Heimtali_vallavalitsus, lk 41
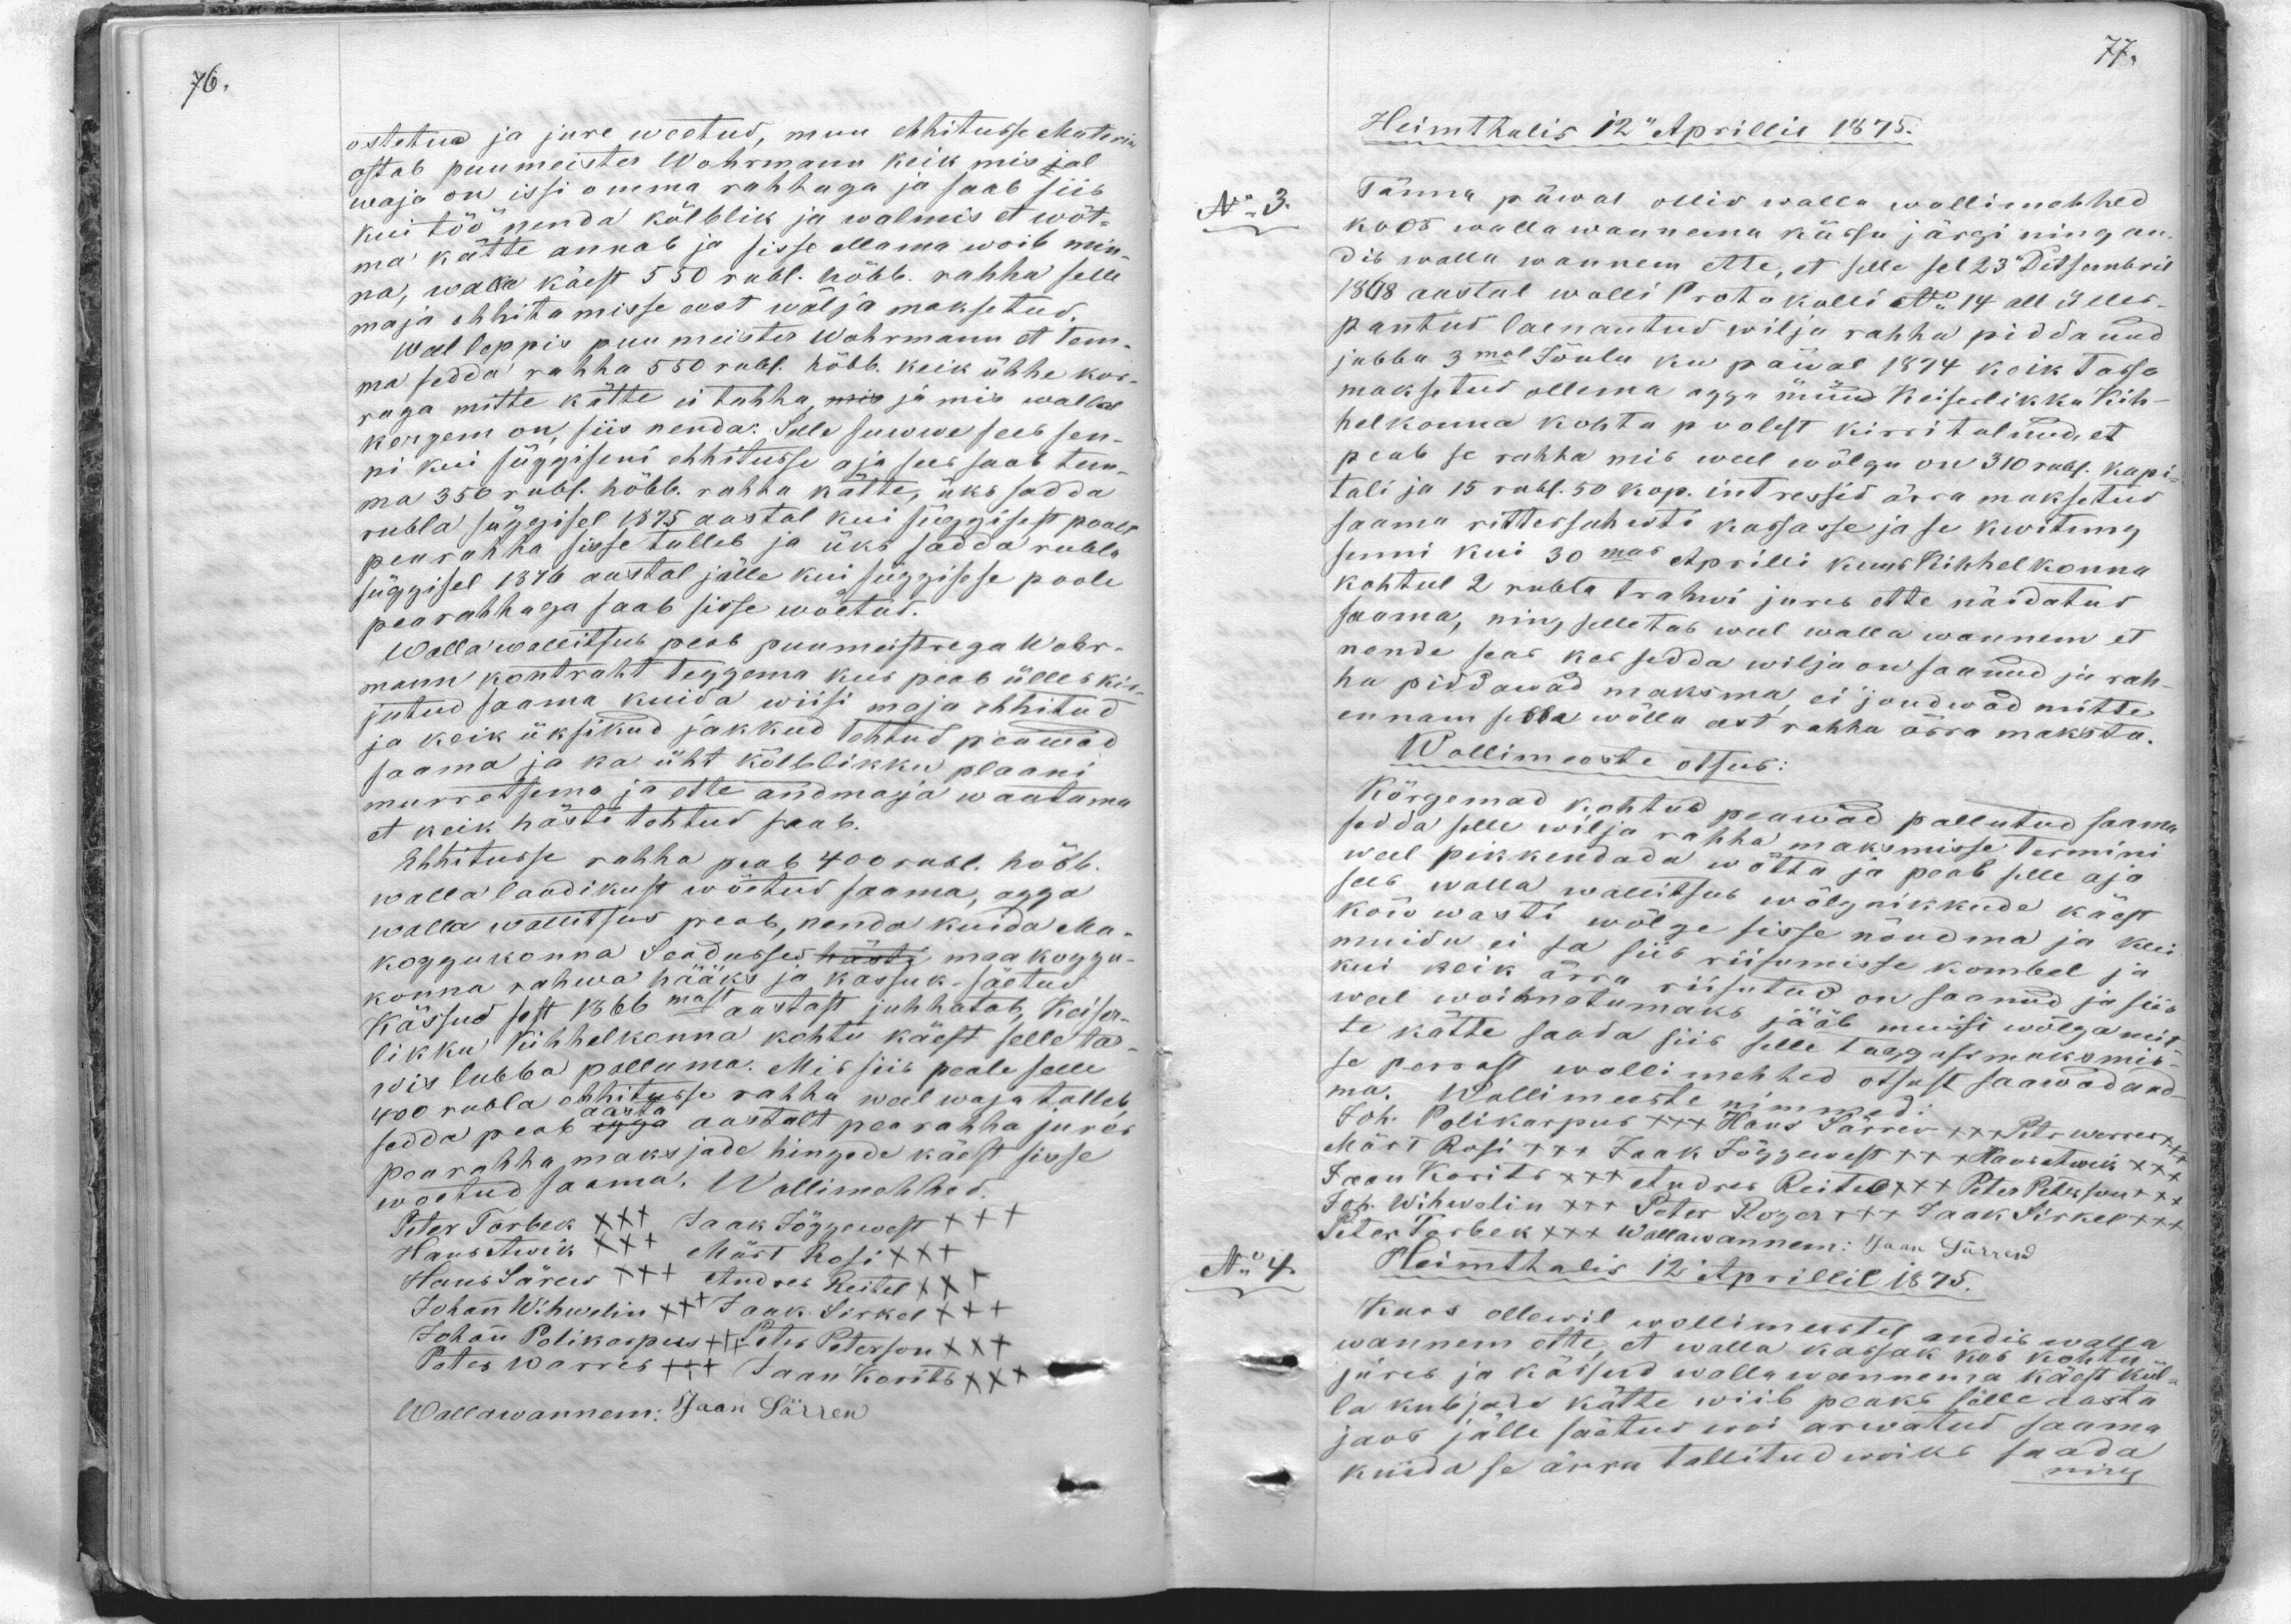
ostetud ja jure woetud, muu ehitusse Materi
ostab puumeister Wohrmann keik mis ial
waja on issi omma rahhaga ja saab siis
kui töö nenda kõlblik ja walmis et wõt-
ma kätte annab ja sisse allama woib min-
na, walla käest 550 rubl. hõbb. rahha selle
maja ehhitamisse eest wälja maksetud,
Weel leppis puu meister Wohrmann et tem-
ma sedda rahha 550 rubl. hõbb. keik ühhe kor-
raga mitte kätte ei tahha, mis ja mis walla
kergem on siis nenda. Selle suwwe sees sen-
ni kui süggiseni ehhitusse aja sees saab tem-
ma 350 rubl. hõbb. rahha kätte, üks sedda
rubla süggisel 1875 aastal kui süggisest poolt
peahha sisse tulleb ja üks sedda rubla
süggisel 1376 aastal jälle kui süggisese poole
pearahhaga saab sisse woetud.
Wallawallitsub peab puumeistrega Wohr-
mann kontraht teggema kuis peab ülles ki-
jutud saama kuida wiisi maja ehhitud
ja keik üksikud jakkud tehtud peawad
saama ja ka üht kõlblikku plaani
murretsema ja ette andmaja waatama
et keik hästi tehtud saab.
Ehhitusse rahha peab 400 rubl. hõbb.
walla laodikust wõetud saama, agga
walla wallitsus peab, nenda kuida Ma-
koggukonna Seadusses kästi maa koggo-
konna rahwa hääks ja kassuk jäetud
kässud sest 1866malt aastast juhhatab, Keiser-
likku kihhelkonna kohtu käest selle tar-
wis lubba palluma. Mis siis peale selle
400 rubla ehhitusse rahha weel waja talleb
sedda peab igga aastalt pearahha jures
pearahha maksjade hingede käest sisse
wõetud saama. Wollimehhed:
Peter Torbeck XXX, Jaak Jõggewest +++
Hans Awik +++ Märt Rosi XXX
Hans Särew +++ Andres Reitel XXX
Johan Wihwelin +++ Jaak Sirkel XXX
Johan Polikarpus +++ Peter Peterson XXX
Petter Warres +++ Jaan Korits XXX
Wallawannem: Jaan Särrew

Heimthalis 12" Aprillil 1875.
No 3.
Tänna päwal ollis walla wollimehhed
koos wallawannema kässu järgi ning an-
dib walla wannem ette, et selle sel 23 Detsembril
1878 aastal wolli Protokolli No 14 all seles
pantud laenantud wilja rahha piddanud
jubba 3mal Jõulu ku päwal 1874 kõik tasso
maksetud ollema agga nüüd Keiserlikku Kih-
helkonna kohtu poolest kirri tulnud, et
peab se rahha mis weel wõlgu on 310 rubl. kapi
tali ja 15 rubl. 50 kop. intressid ärra maksetud
saama ritterschawti kassasse ja se kwitung
senni kui 30mas Aprilli kuus Kihhelkonna
kohtul 2 rubla trahwi jures ette näidatud
saama, ning selletab weel walla wannem et
nende seas kes sedda wilja on saanud ja rah-
ha piddawad maksma ei joudwad mitte
ennam sedda wõlla eest rahha ärra maksta.
Wollimeeste otsus.
Kõrgemad kohtud peawad pallutud saama
sedda selle wilja rahha maksmisse termini
weel pikkendada wõtta ja peab selle aja
sees walla wallitsub wõlgnikkude käest
kõivwasti wõlge sisse nõudma ja kui
muidu ei sa siis riisumisse kombel ja
kui keik ärra riisutud on saanud ja siis
weel woihnatumaks jääb muisi wõlga mit-
te kätte saata siis selle tagguse maksmise-
se paraast wollimehhed otsust saawad and-
ma. Wollimeeste nimmed:
Joh Polikarpus +++ Hans Särrewxxx Peter Warres
Märt Rosi XXX Jaak Jõggewest +++ Hans Awik XXX
Jaan Korits XXX Andres Reitel +++ Peter Peterson +++
Joh. Wihwelin +++ Peter Roger +++ Jaak Sirkel +++
Peter Torbek +++ Wallawannem: Jaan Särrew
Heimthalis 12 Aprillil 1875.
No:4
Kuos ollewil wollimeestel andis walla
wannem ette, et walla kassak kas kohtu-
jures ja kässud wallawannema käest kül-
la kubjada kätte wiib peaks selle aasta
jaos jälle jäettud woi arwatud saama
kuida se ärra tallitud woiks saada
ning